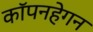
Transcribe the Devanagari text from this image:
कॉपनहेगन